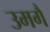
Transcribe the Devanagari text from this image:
उमगै